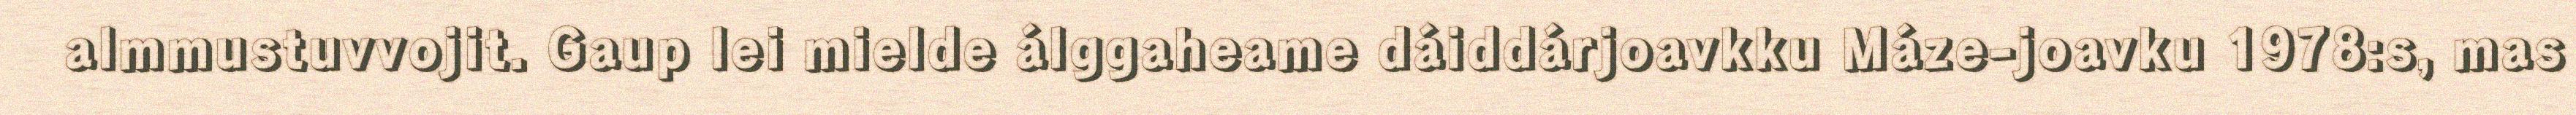
almmustuvvojit. Gaup lei mielde álggaheame dáiddárjoavkku Máze-joavku 1978:s, mas